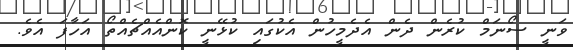
ވަނީ ސޯނަމް ކުރެން ދެން އެދެމީހުން އެކުގައި ކުޅޭނީ ކޮންއެއްޗެއްތޯ އަހާފަ އެވެ.